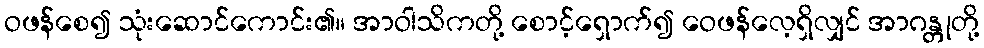
ဝဖန်စေ၍ သုံးဆောင်ကောင်း၏။ အာဝါသိကတို့ စောင့်ရှောက်၍ ဝေဖန်လေ့ရှိလျှင် အာဂန္တုတို့